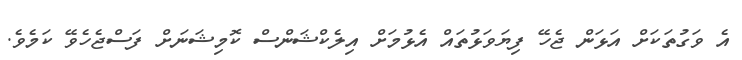
އެ ވަގުތަކަށް އަޅަން ޖެހޭ ފިޔަވަޅުތައް އެޅުމަށް އިލެކްޝަންސް ކޮމިޝަނަށް ފަސްޖެހެވޭ ކަމެވެ.